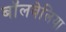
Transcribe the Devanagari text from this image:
बॉलवेलिया